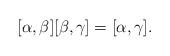
LaTeX: \begin{align*}[\alpha,\beta][\beta,\gamma]=[\alpha,\gamma].\end{align*}